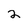
Character: 2